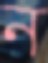
ন